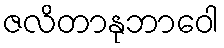
ဇလိတာနုဘာဝေါ